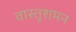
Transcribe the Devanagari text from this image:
वास्तूशमन